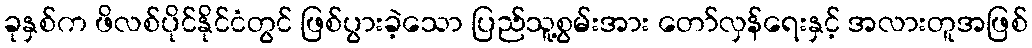
ခုနှစ်က ဖိလစ်ပိုင်နိုင်ငံတွင် ဖြစ်ပွားခဲ့သော ပြည်သူ့စွမ်းအား တော်လှန်ရေးနှင့် အလားတူအဖြစ်